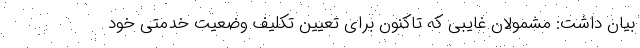
بیان داشت: مشمولان غایبی که تاکنون برای تعیین تکلیف وضعیت خدمتی خود